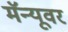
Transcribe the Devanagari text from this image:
मॅन्यूवर